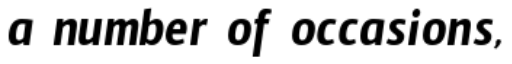
a number of occasions,